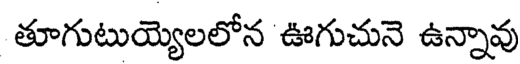
తూగుటుయ్యెలలోన ఊగుచునె ఉన్నావు